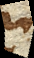
enim